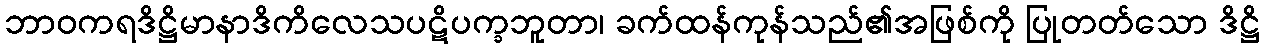
ဘာဝကရဒိဋ္ဌိမာနာဒိကိလေသပဋိပက္ခဘူတာ၊ ခက်ထန်ကုန်သည်၏အဖြစ်ကို ပြုတတ်သော ဒိဋ္ဌိ